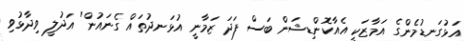
އަޅުގަނޑުމެންގެ އަމާޒަކީ އެއާކޮންޑިޝަން ބަސް ފަދަ ޒަމާނީ އުޅަނދުތައް ގެނައުން" އަދުލީ ވިދާޅުވި